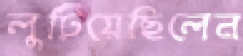
লুটিয়েছিলেন